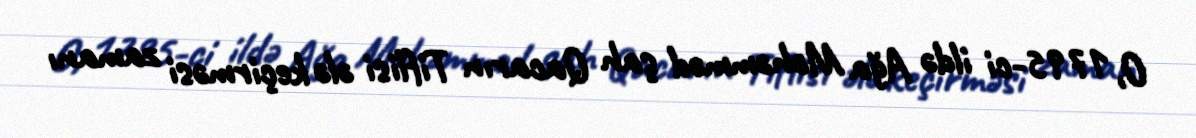
O, 1795-ci ildə Ağa Məhəmməd şah Qacarın Tiflisi ələ keçirməsi zamanı